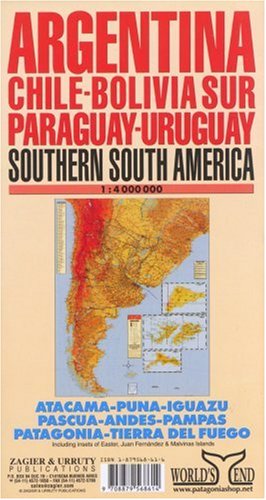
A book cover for Argentina / Chile / Uruguay / Paraguay Map; Sergio Zagier; Travel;